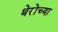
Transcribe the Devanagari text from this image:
थेरोंच्या